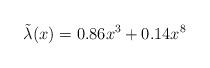
LaTeX: \begin{align*}\tilde{\lambda}(x) &= 0.86 x^3 + 0.14 x^8\end{align*}